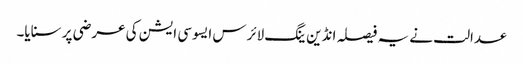
عدالت نے یہ فیصلہ انڈین ینگ لائرس ایسوسی ایشن کی عرضی پر سنایا۔